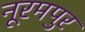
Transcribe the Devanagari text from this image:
नूरमपुर